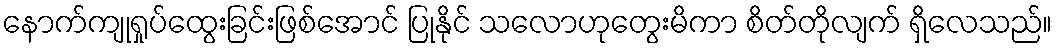
နောက်ကျုရှုပ်ထွေးခြင်းဖြစ်အောင် ပြုနိုင် သလောဟုတွေးမိကာ စိတ်တိုလျက် ရှိလေသည်။